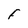
Character: F